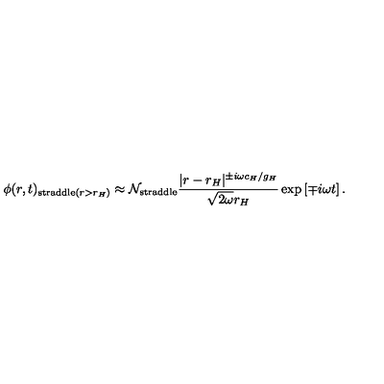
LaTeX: \phi ( r , t ) _ { \mathrm { s t r a d d l e } ( r > r _ { H } ) } \approx { \cal N } _ { \mathrm { s t r a d d l e } } { \frac { | r - r _ { H } | ^ { \pm i \omega c _ { H } / g _ { H } } } { \sqrt { 2 \omega } r _ { H } } } \exp \left[ \mp i \omega t \right] .